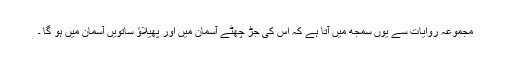
مجموعہ روایات سے یوں سمجھ میں آتا ہے کہ اس کی جڑ چھٹے آسمان میں اور پھیلاؤ ساتویں آسمان میں ہو گا ۔